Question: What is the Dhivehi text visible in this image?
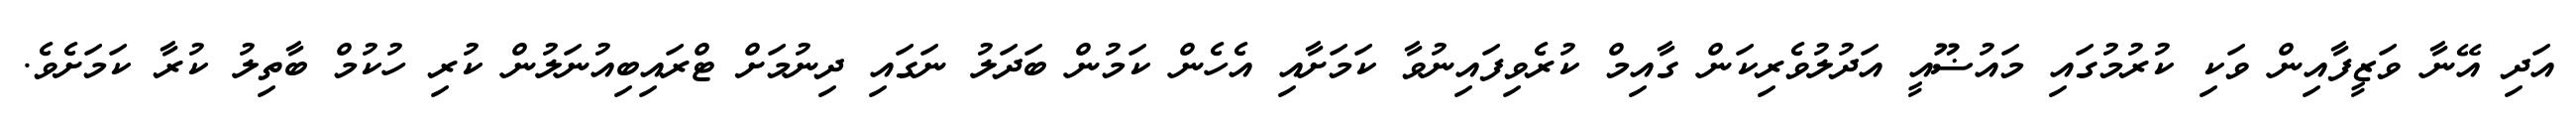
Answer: އަދި އޭނާ ވަޒީފާއިން ވަކި ކުރުމުގައި މައުޟޫއީ އަދުލުވެރިކަން ގާއިމް ކުރެވިފައިނުވާ ކަމަށާއި އެހެން ކަމުން ބަދަލު ނަގައި ދިނުމަށް ޓްރައިބިއުނަލުން ކުރި ހުކުމް ބާތިލު ކުރާ ކަމަށެވެ.